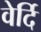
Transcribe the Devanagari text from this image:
वेर्दि